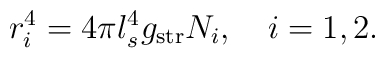
r_i^4=4\pi l_s^4g_{\rm str}N_i, \quad i=1,2.